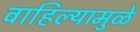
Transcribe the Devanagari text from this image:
वाहिल्यामुळे